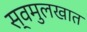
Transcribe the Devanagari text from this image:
स्वमुलखात